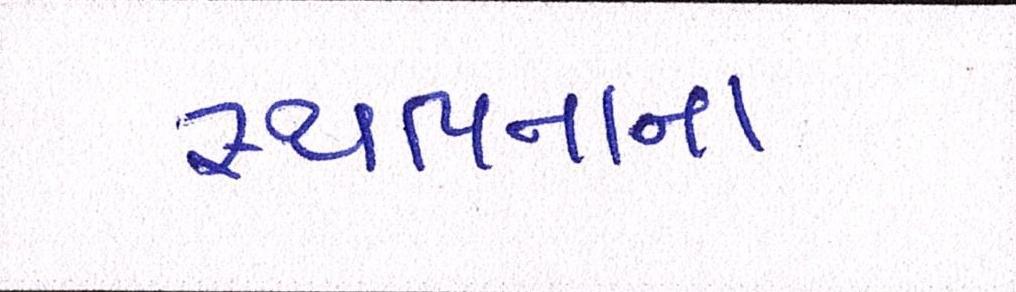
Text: સ્થાપ્નાના